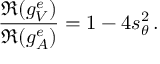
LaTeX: \frac { \Re ( g _ { V } ^ { e } ) } { \Re ( g _ { A } ^ { e } ) } = 1 - 4 s _ { \theta } ^ { 2 } \, .